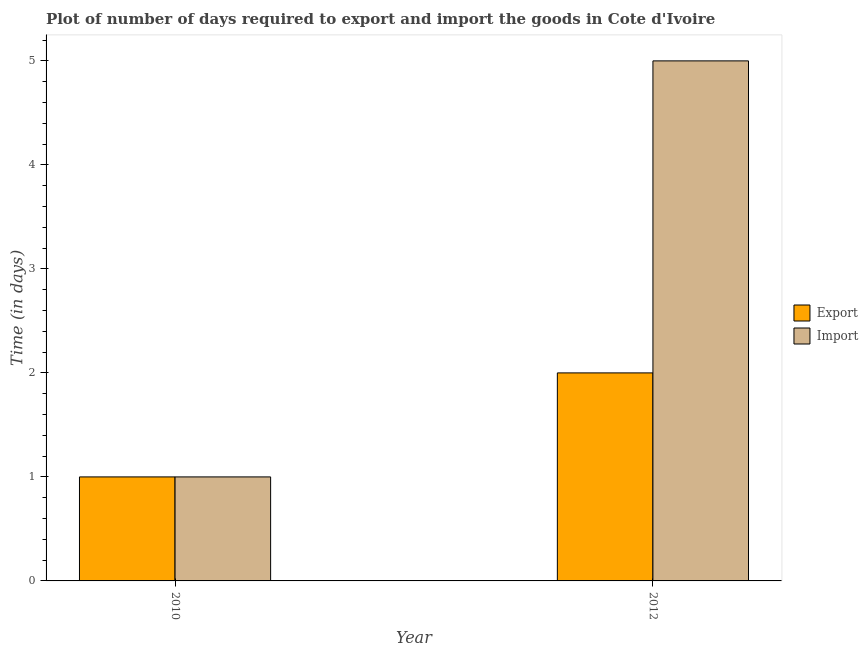
| Year | Export | Import |
 | --- | --- | --- |
 | 2010 | 1 | 1 |
 | 2012 | 2 | 5 |